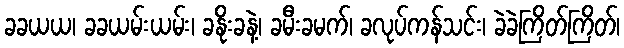
ခခယယ၊ ခခယမ်းယမ်း၊ ခနိုးခနဲ့၊ ခမီးခမက်၊ ခလုပ်ကန်သင်း၊ ခဲခဲကြိတ်ကြိတ်၊